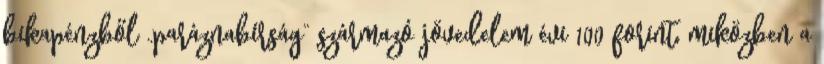
bikapénzből „paráznabírság” származó jövedelem évi 100 forint, miközben a